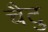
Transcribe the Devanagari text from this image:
चैटु